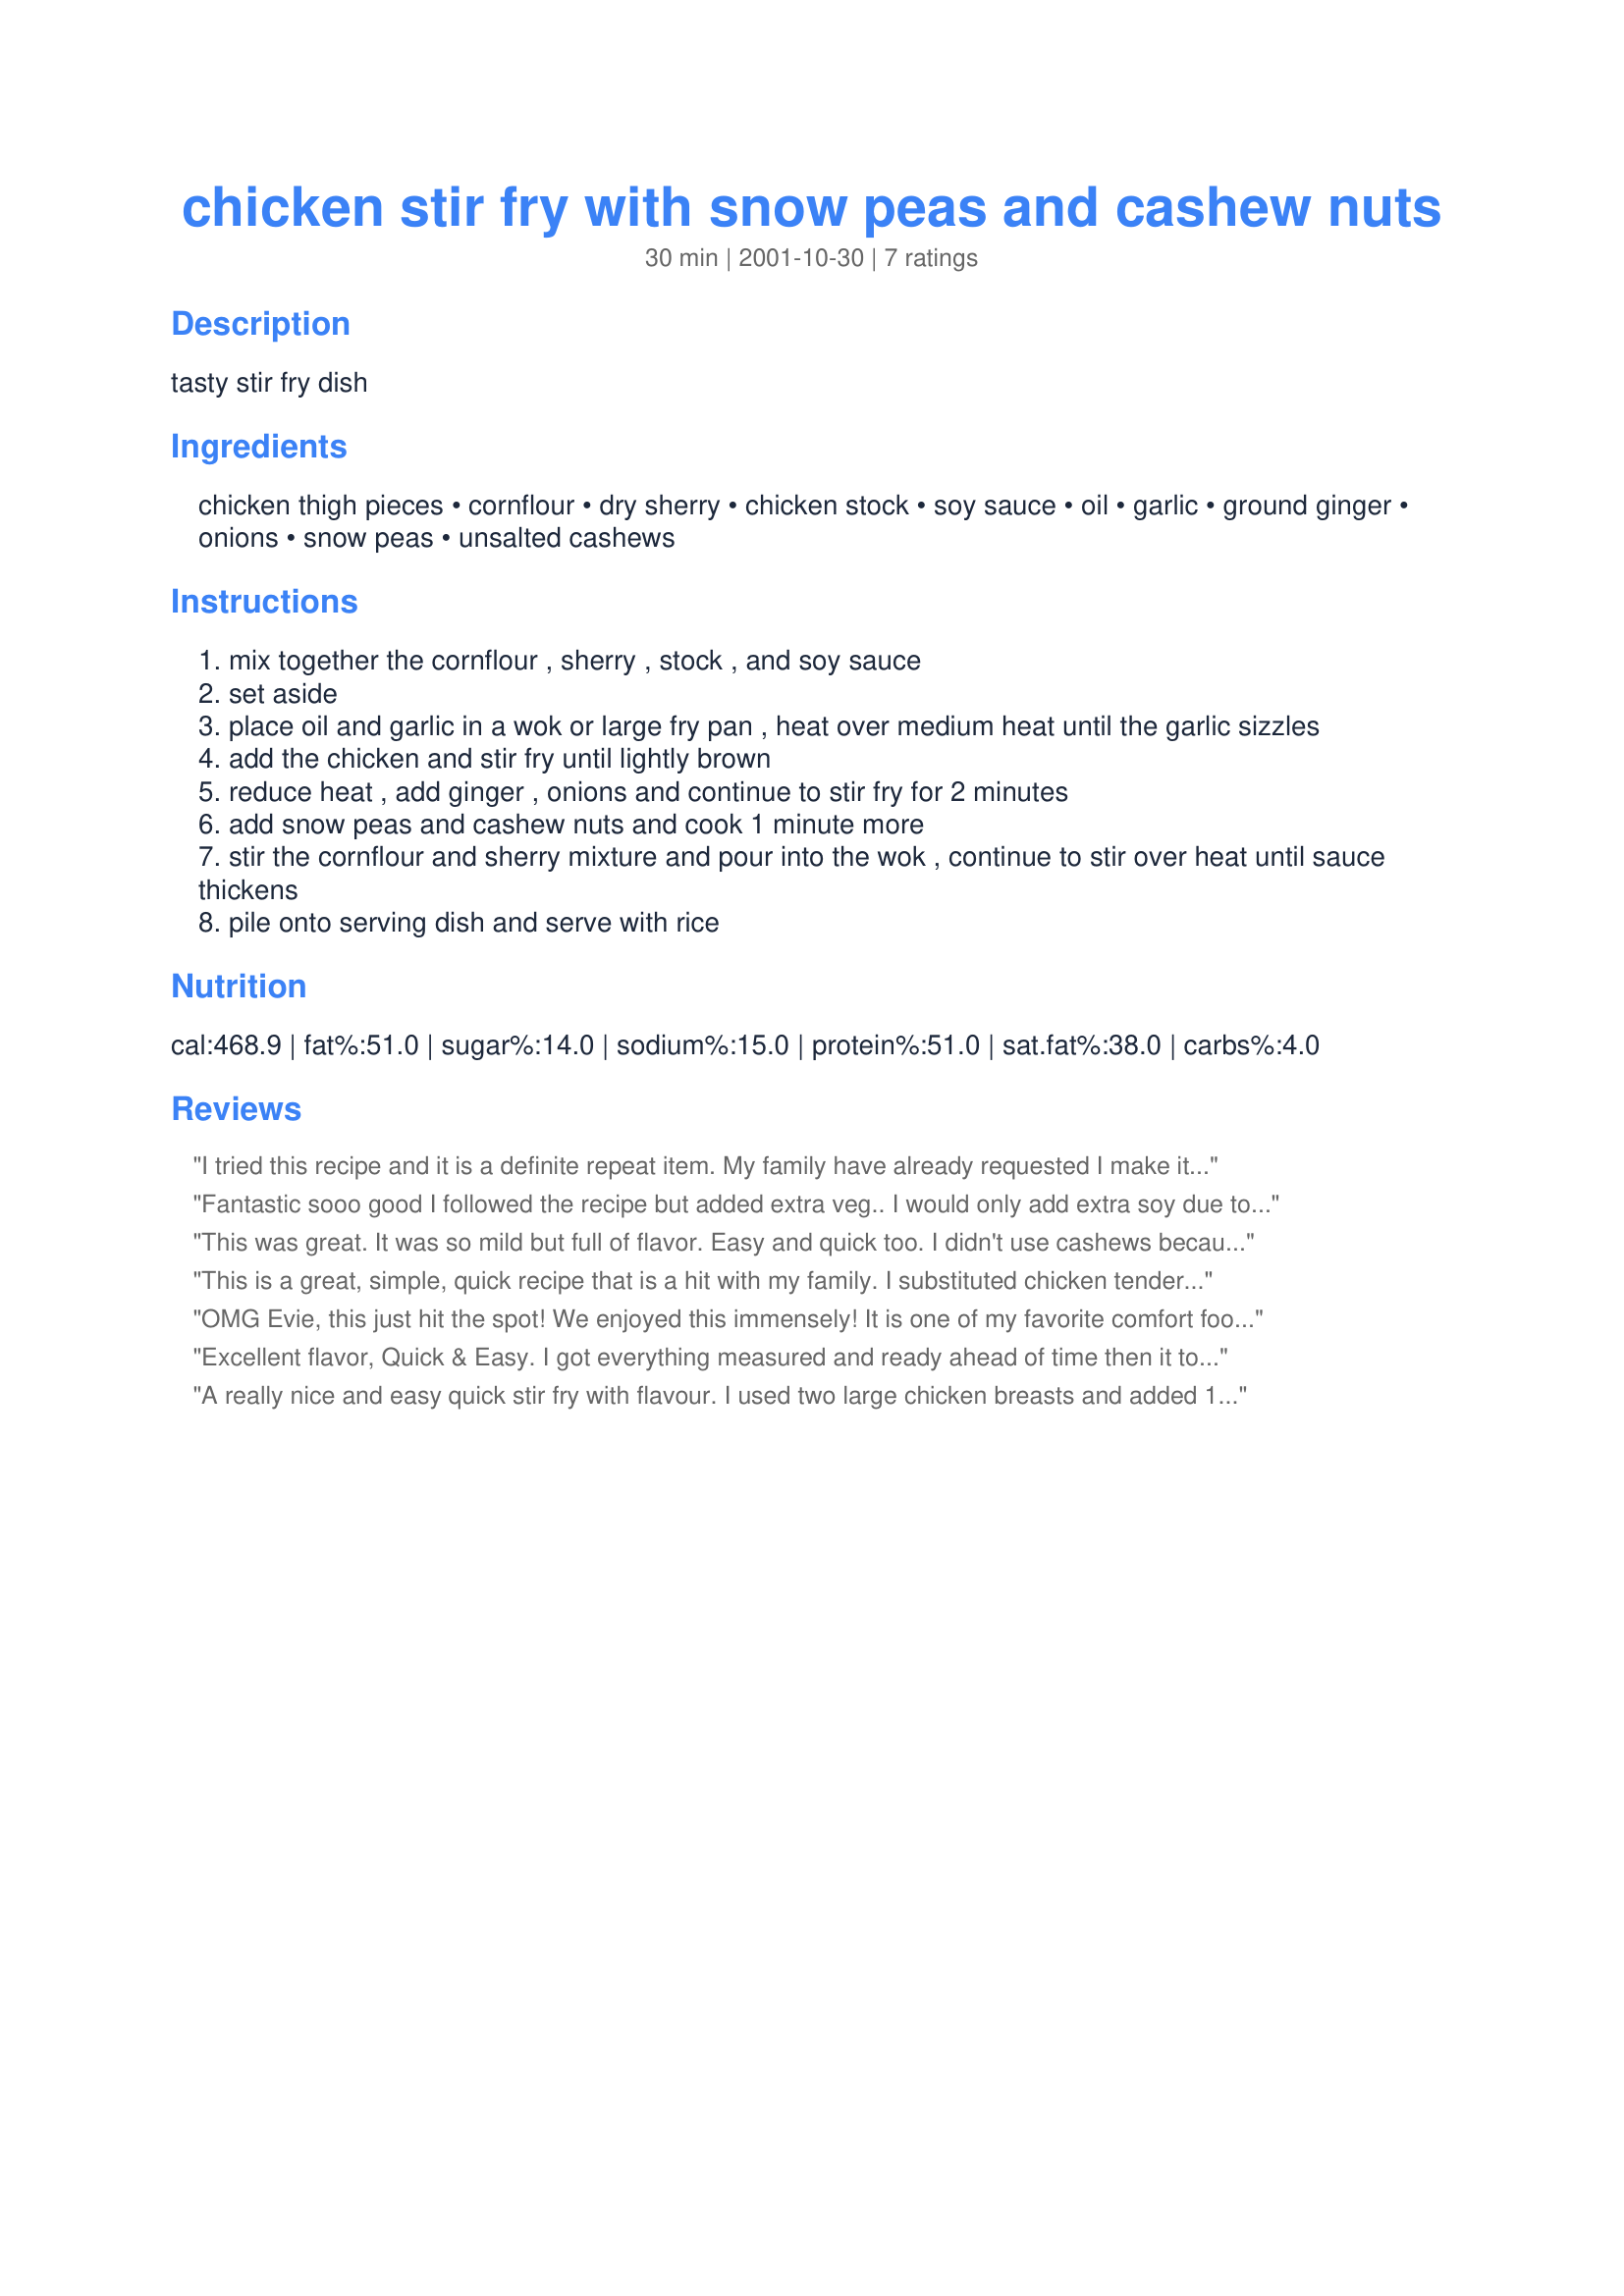
chicken stir fry with snow peas and cashew nuts
Preparation time: 30 minutes

tasty stir fry dish

Ingredients:
chicken thigh pieces, cornflour, dry sherry, chicken stock, soy sauce, oil, garlic, ground ginger, onions, snow peas, unsalted cashews

Steps:
mix together the cornflour , sherry , stock , and soy sauce
set aside
place oil and garlic in a wok or large fry pan , heat over medium heat until the garlic sizzles
add the chicken and stir fry until lightly brown
reduce heat , add ginger , onions and continue to stir fry for 2 minutes
add snow peas and cashew nuts and cook 1 minute more
stir the cornflour and sherry mixture and pour into the wok , continue to stir over heat until sauce thickens
pile onto serving dish and serve with rice

Reviews:
I tried this recipe and it is a definite repeat item. My family have already requested I make it again.

5 star for sure
john
Fantastic sooo good I followed the recipe but added extra veg.. I would only add extra soy due to own family&#039;s taste. Thanks for sharing love it
This was great. It was so mild but full of flavor. Easy and quick too. I didn't use cashews because of an allergy. I used half white wine and half mirin in place of the sherry. We served it with rice and it was gone immediately. Thanks!
This is a great, simple, quick recipe that is a hit with my family. I substituted chicken tenders for the thighs and it was delicious. This is bookmarked for future reference! Thanks for sharing, Evie!
OMG Evie, this just hit the spot! We enjoyed this immensely! It is one of my favorite comfort foods! Made it with chicken breasts, used low-sodium tamari & added crushed red pepper flakes and it was great! This recipe is easily doubled. Thank you for a lovely meal! Served it with jasmine rice. Thanks for posting, Manami ;)
Excellent flavor, Quick & Easy. I got everything measured and ready ahead of time then it took minutes to prepare. Defiitely a do again recipe! I used skinless breasts and Marsala wine instead of sherry. I added the snow peas last and cooked them for about i minute. We both enjoyed our dinner thanks Evie*
A really nice and easy quick stir fry with flavour. I used two large chicken breasts and added 1/2 a finely juliened carrot, baby corn, brocolli and cauliflower flowerettes and stirred in rice noodles (which had soaked in some boiling water) with the sauce and we thoroughly enjoyed a one pot meal. Thank you Evie*, made for Edition 6 - Make My Recipe - a game of tag.
